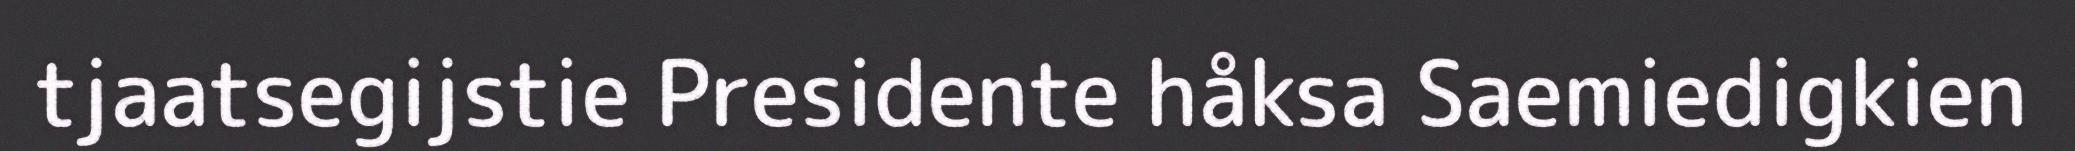
tjaatsegijstie Presidente håksa Saemiedigkien